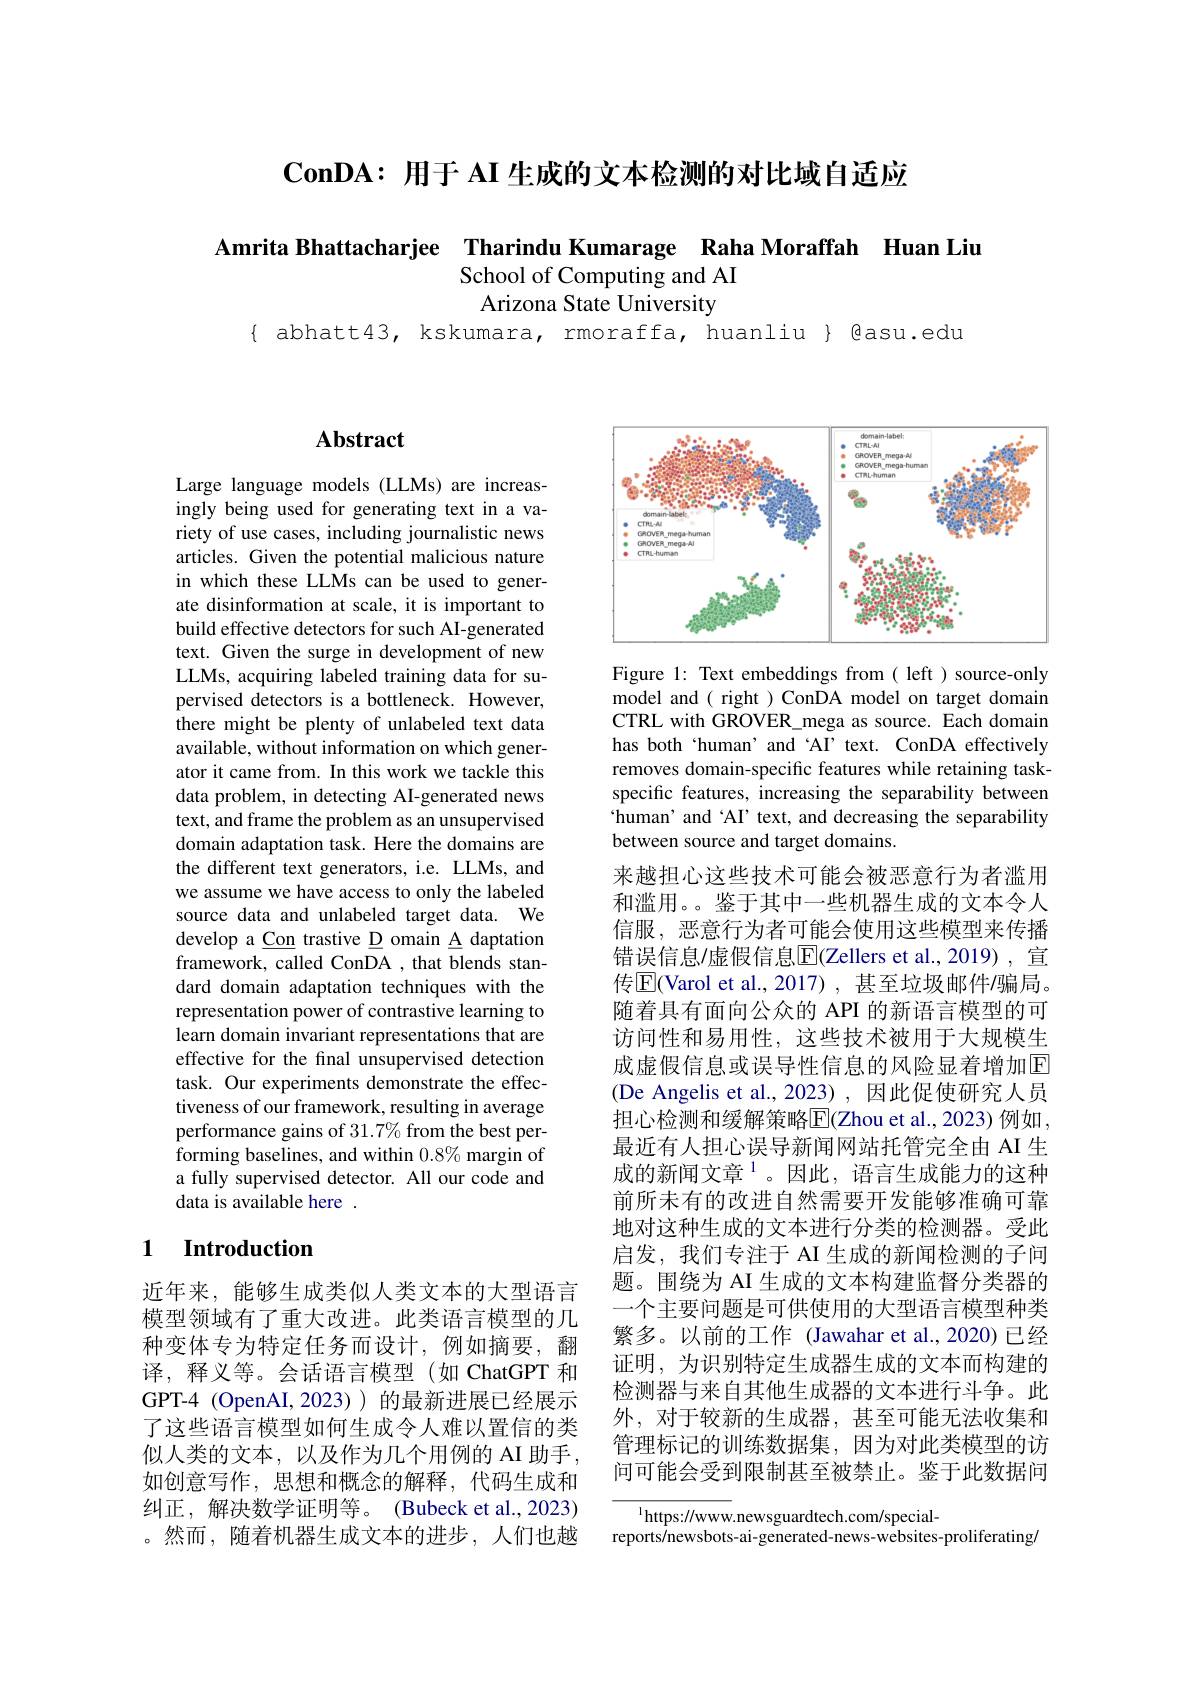
$\mathbf{ConDA: ~}\textbf{ 用 于 AI 生 成 的 文 本 检 测 的 对 比 域 自 适 应 }$

Amrita Bhattacharjee Tharindu Kumarage Raha Moraffah Huan Liu

School of Computing and AI

Arizona State University

$\{ abhatt43, kskumara, rmoraffa, huanliu \} @asu.edu$

## $\mathbf{Abstract}$

Large language models (LLMs) are increasingly being used for generating text in a variety of use cases, including journalistic news articles. Given the potential malicious nature in which these LLMs can be used to generate disinformation at scale, it is important to build effective detectors for such AI-generated text. Given the surge in development of new LLMs, acquiring labeled training data for supervised detectors is a bottleneck. However, there might be plenty of unlabeled text data available, without information on which generator it came from. In this work we tackle this data problem, in detecting AI-generated news text, and frame the problem as an unsupervised domain adaptation task. Here the domains are the different text generators, i.e. LLMs, and we assume we have access to only the labeled source data and unlabeled target data. We develop a Con trastive D omain A daptation framework, called ConDA , that blends standard domain adaptation techniques with the representation power of contrastive learning to learn domain invariant representations that are effective for the final unsupervised detection task. Our experiments demonstrate the effectiveness of our framework, resulting in average performance gains of $31.7\%$ from the best performing baselines, and within $0.8\%$ margin of a fully supervised detector. All our code and data is available here .

## 1 $\textbf{Introduction}$

近年来，能够生成类似人类文本的大型语言模型领域有了重大改进。此类语言模型的几种变体专为特定任务而设计，例如摘要，翻译，释义等。会话语言模型(如 ChatGPT 和GPT-4(OpenAI,2023))的最新进展已经展示了这些语言模型如何生成令人难以置信的类似人类的文本，以及作为几个用例的 AI 助手， 如创意写作，思想和概念的解释，代码生成和纠正，解决数学证明等。(Bubeck et al.,2023) 。然而，随着机器生成文本的进步，人们也越

<FigureHere>

Figure 1: Text embeddings from( left ) source-only model and ( right ) ConDA model on target domain CTRL with GROVER\_mega as source. Each domain has both‘human’and‘AI’text.ConDA effectively removes domain-specific features while retaining taskspecific features, increasing the separability between `human' and ‘AI’ text, and decreasing the separability between source and target domains.
来越担心这些技术可能会被恶意行为者滥用和滥用。。鉴于其中一些机器生成的文本令人信服，恶意行为者可能会使用这些模型来传播错误信息/虚假信息$\overline{\mathrm{E}}($Zellers et al.,2019), 宣传$\boxed{\mathrm{F}}($Varol et al.,2017) , 甚至垃圾邮件/骗局。随着具有面向公众的 API 的新语言模型的可访问性和易用性，这些技术被用于大规模生成虚假信息或误导性信息的风险显着增加回(De Angelis et al.,2023),因此促使研究人员担心检测和缓解策略$\overline{\mathrm{E}}($Zhou et al., 2023) 例如， 最近有人担心误导新闻网站托管完全由 AI 生成的新闻文章$^{1}$。因此，语言生成能力的这种前所未有的改进自然需要开发能够准确可靠地对这种生成的文本进行分类的检测器。受此启发，我们专注于 AI 生成的新闻检测的子问题。围绕为 AI 生成的文本构建监督分类器的一个主要问题是可供使用的大型语言模型种类繁多。以前的工作 (Jawahar et al.,2020)已经证明，为识别特定生成器生成的文本而构建的检测器与来自其他生成器的文本进行斗争。此外，对于较新的生成器，甚至可能无法收集和管理标记的训练数据集，因为对此类模型的访问可能会受到限制甚至被禁止。鉴于此数据问
$^{1}$https://www.newsguardtech.com/special-

reports/newsbots-ai-generated-news-websites-proliferating$\kappa$